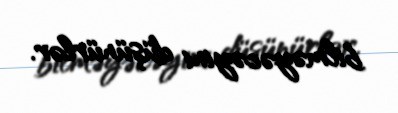
bilməyəcəyini düşünürlər.